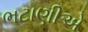
ભટાણીએ